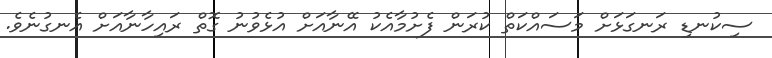
ސިކުނޑި ރަނގަޅަށް މަސައްކަތް ކުރަން ފެށުމާއެކު އޭނާއަށް އުޅެވުނު ގޮތް ރައިހާނާއަށް އެނގުނެވެ.